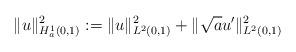
LaTeX: \begin{align*}\|u\|_{H^1_a(0,1)}^2:= \|u\|^2_{L^2(0,1)} +\|\sqrt{a}u'\|^2_{L^2(0,1)}\end{align*}